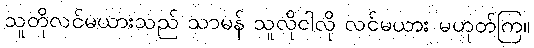
သူတိုလင်မယားသည် သာမန် သူလိုငါလို လင်မယား မဟုတ်ကြ။